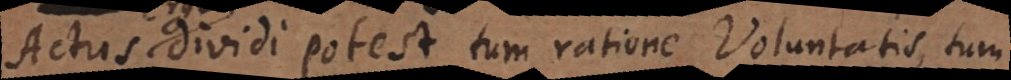
omissio dividi potest tum ratione Voluntatis, tum